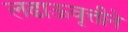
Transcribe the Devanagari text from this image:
लढाऊवृत्तीने